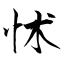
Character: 怵